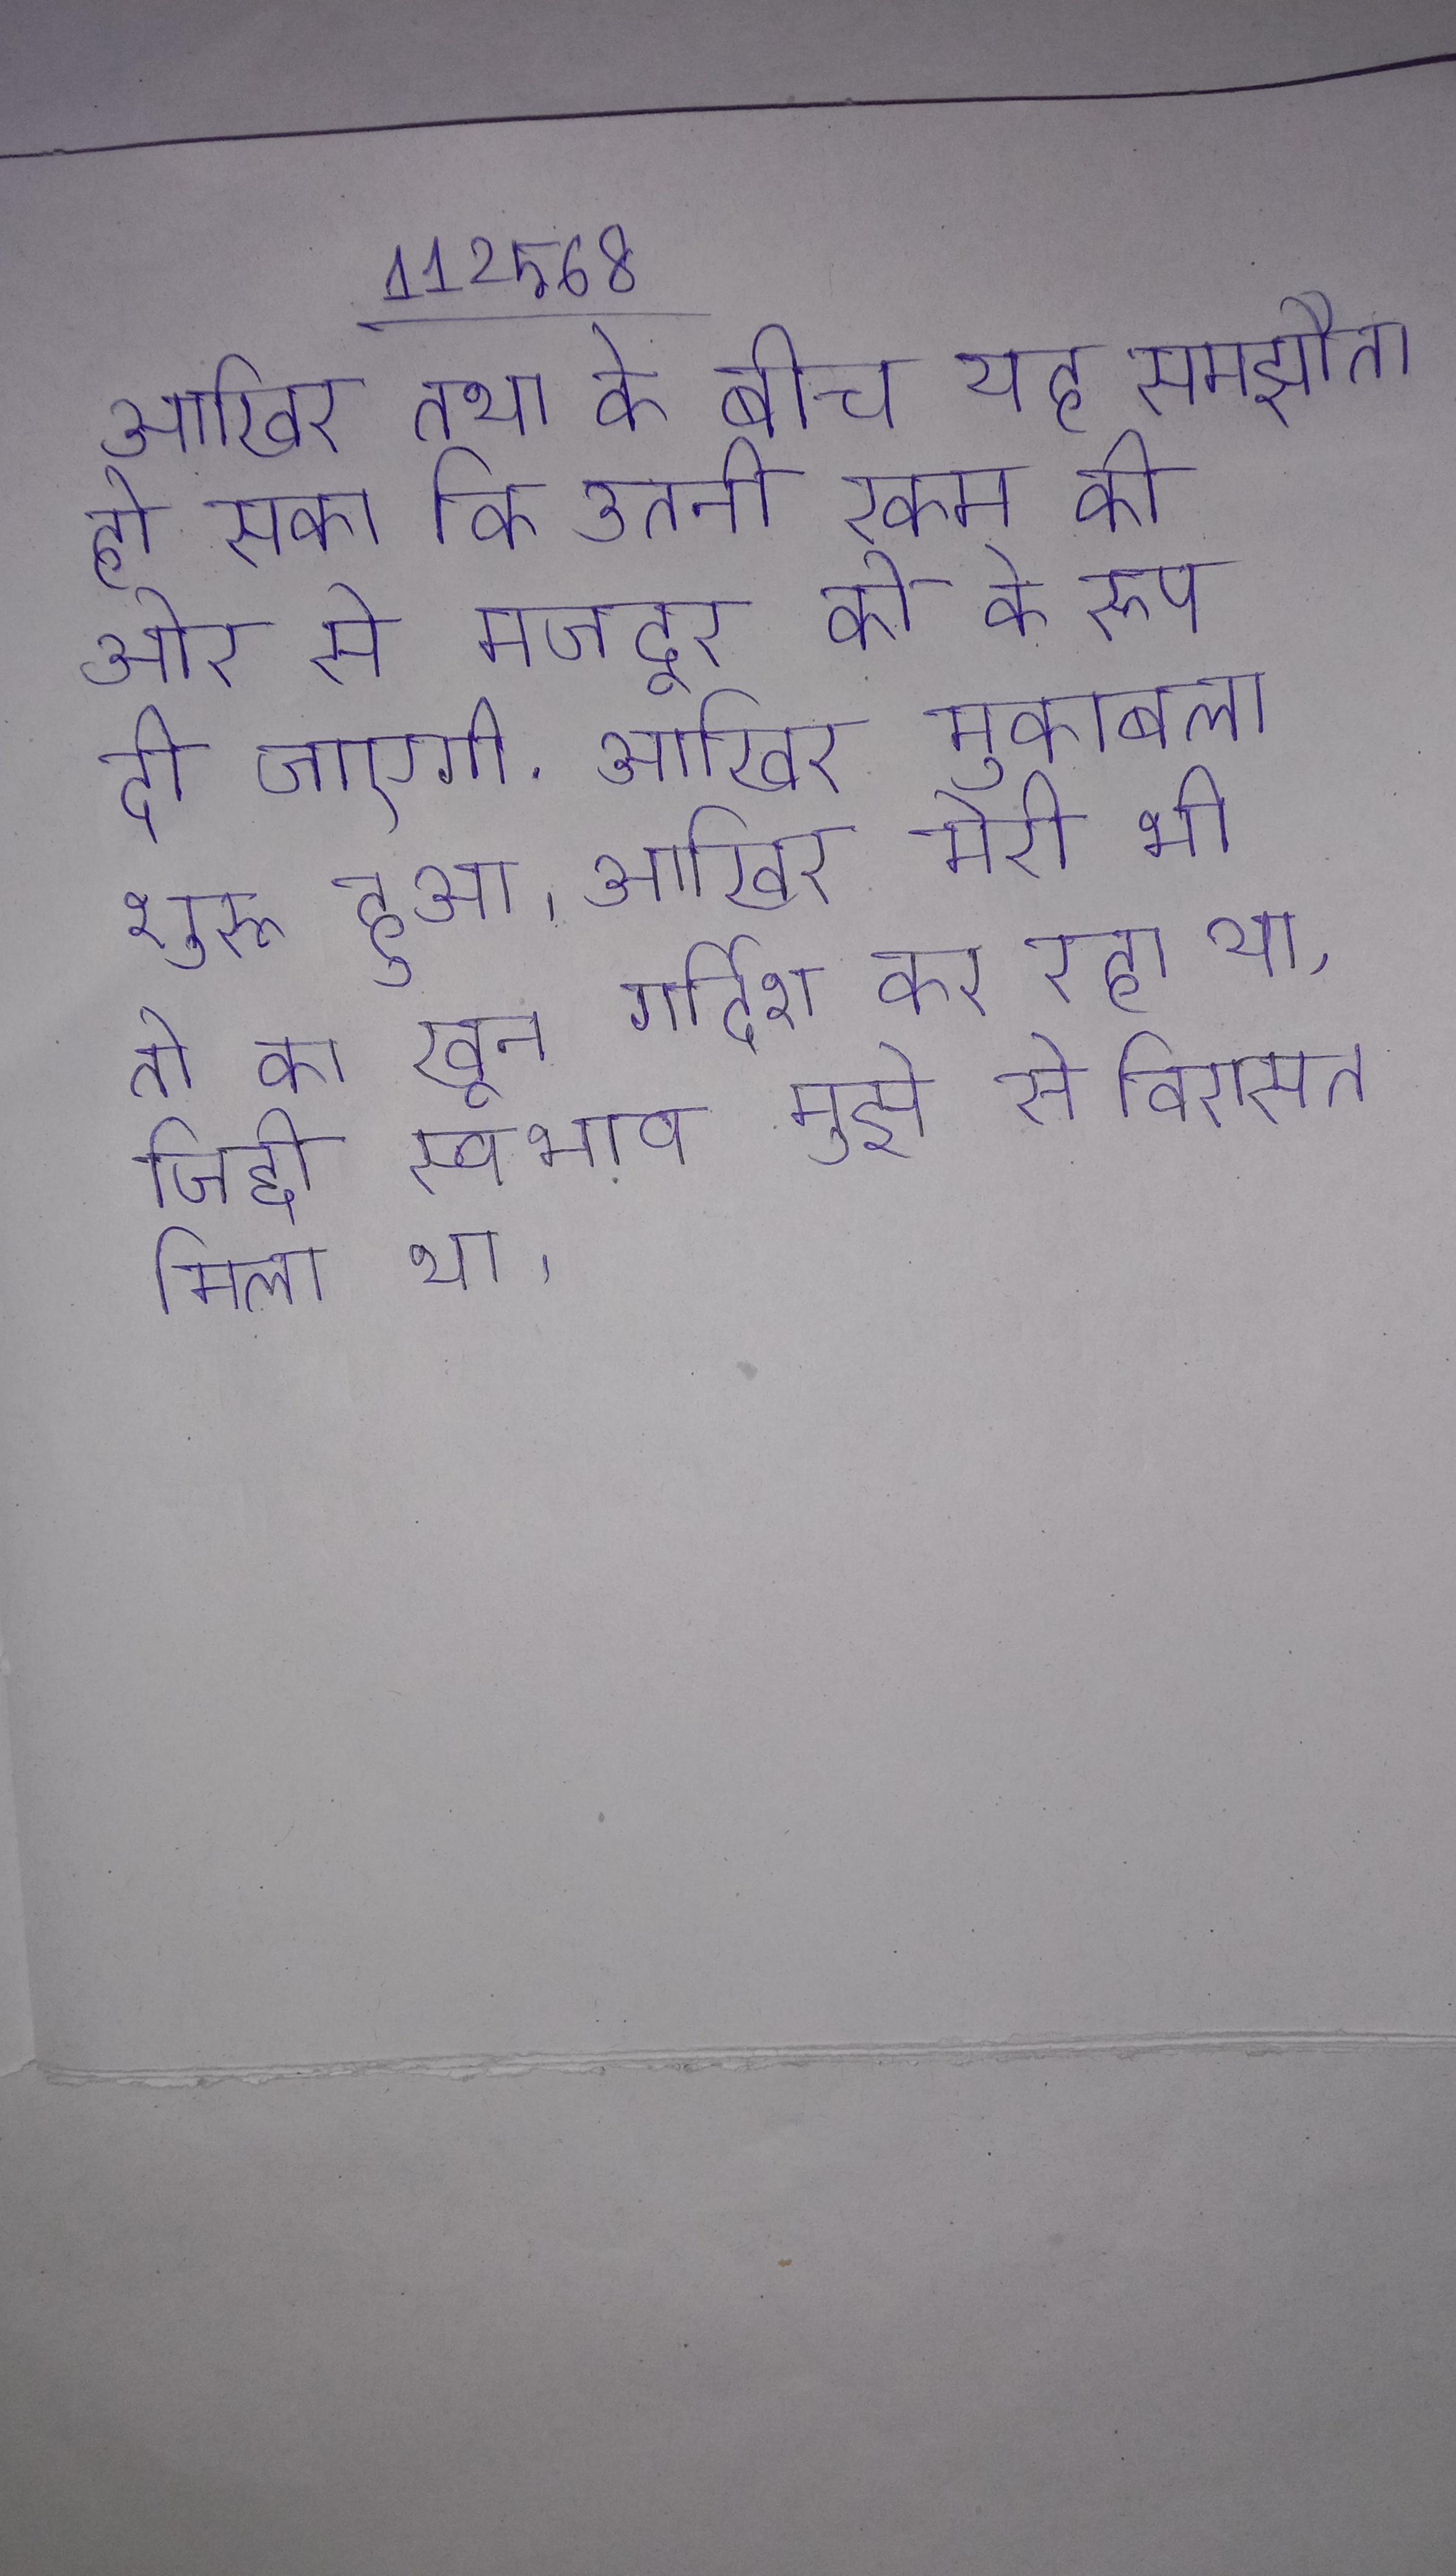
आखिर तथा के बीच यह समझौता हो सका कि उतनी रकम की ओर से मजदूर को के रूप दी जाएगी . आखिर मुकाबला शुरू हुआ । आखिर मेरी भी तो का खून गर्दिश कर रहा था, जिद्दी स्वभाव मुझे से विरासत मिला था ।